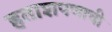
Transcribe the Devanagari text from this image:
हताशपणाची